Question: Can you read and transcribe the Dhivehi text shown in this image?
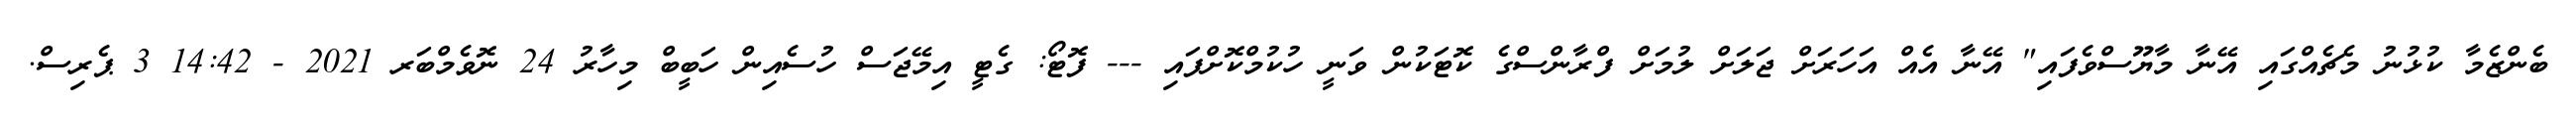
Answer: ބެންޒެމާ ކުޅުނު މެޗެއްގައި އޭނާ މާޔޫސްވެފައި" އޭނާ އެއް އަހަރަށް ޖަލަށް ލުމަށް ފްރާންސްގެ ކޮޓަކުން ވަނީ ހުކުމްކޮށްފައި --- ފޮޓޯ: ގެޓީ އިމޭޖަސް ހުސެއިން ހަބީބް މިހާރު 24 ނޮވެމްބަރ 2021 - 14:42 3 ޕެރިސް.